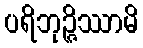
ပရိဘုဉ္ဇိဿာမိ